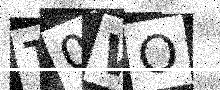
Text: T0WO